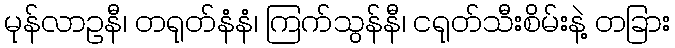
မုန်လာဥနီ၊ တရုတ်နံနံ၊ ကြက်သွန်နီ၊ ငရုတ်သီးစိမ်းနဲ့ တခြား